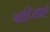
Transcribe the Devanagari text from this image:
वाहियाएँ